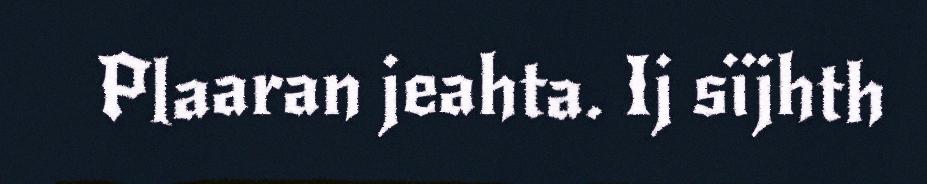
Plaaran jeahta. Ij sïjhth